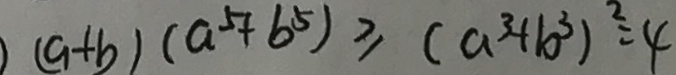
( a + b ) ( a ^ { 5 } + b ^ { 5 } ) \geq ( a ^ { 3 } + b ^ { 3 } ) ^ { 2 } = 4